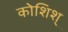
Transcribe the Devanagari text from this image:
कोशिश्